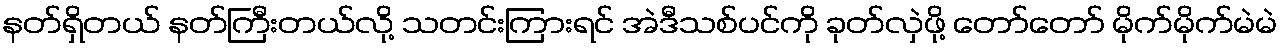
နတ်ရှိတယ် နတ်ကြီးတယ်လို့ သတင်းကြားရင် အဲဒီသစ်ပင်ကို ခုတ်လှဲဖို့ တော်တော် မိုက်မိုက်မဲမဲ